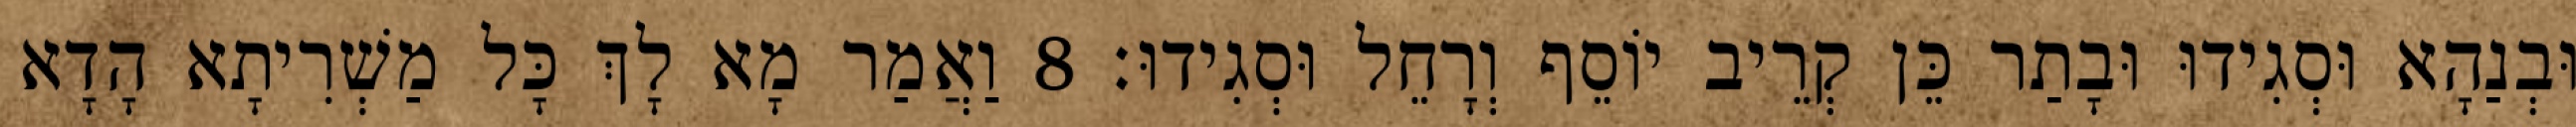
וּבְנַהָא וּסְגִידוּ וּבָתַר כֵּן קְרֵיב יוֹסֵף וְרָחֵל וּסְגִידוּ׃ 8 וַאֲמַר מָא לָךְ כָּל מַשְׁרִיתָא הָדָא